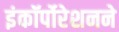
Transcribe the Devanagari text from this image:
इंकॉर्पोरेशनने